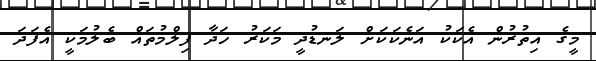
މީގެ އިތުރުން އެކަކު އަނެކަކަށް ލަނޑުދީ މަކަރު ހަދާ ފިލްމުތައް ބެލުމަކީ އެފަދަ